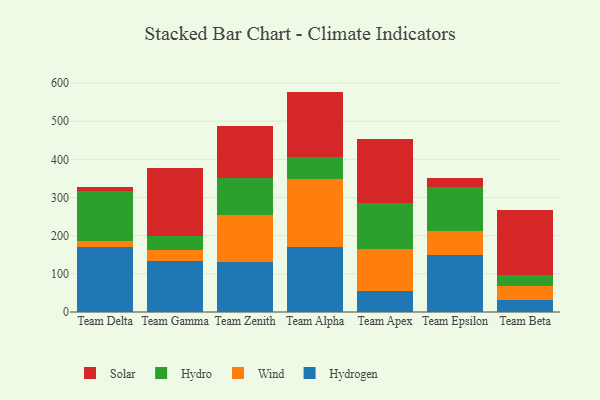
{"axis": {"x": "Team", "y": "Revenue (USD Million)"}, "legend": ["Hydro", "Hydrogen", "Solar", "Wind"], "data": [{"x": "Team Delta", "y": 170.8, "type": "Hydrogen"}, {"x": "Team Delta", "y": 14.8, "type": "Wind"}, {"x": "Team Delta", "y": 131.2, "type": "Hydro"}, {"x": "Team Delta", "y": 10.7, "type": "Solar"}, {"x": "Team Gamma", "y": 133.6, "type": "Hydrogen"}, {"x": "Team Gamma", "y": 28.7, "type": "Wind"}, {"x": "Team Gamma", "y": 36.4, "type": "Hydro"}, {"x": "Team Gamma", "y": 179.4, "type": "Solar"}, {"x": "Team Zenith", "y": 131.2, "type": "Hydrogen"}, {"x": "Team Zenith", "y": 122.6, "type": "Wind"}, {"x": "Team Zenith", "y": 97.1, "type": "Hydro"}, {"x": "Team Zenith", "y": 137.2, "type": "Solar"}, {"x": "Team Alpha", "y": 170.3, "type": "Hydrogen"}, {"x": "Team Alpha", "y": 177.6, "type": "Wind"}, {"x": "Team Alpha", "y": 58.6, "type": "Hydro"}, {"x": "Team Alpha", "y": 171.1, "type": "Solar"}, {"x": "Team Apex", "y": 54.9, "type": "Hydrogen"}, {"x": "Team Apex", "y": 111.1, "type": "Wind"}, {"x": "Team Apex", "y": 119.4, "type": "Hydro"}, {"x": "Team Apex", "y": 167.8, "type": "Solar"}, {"x": "Team Epsilon", "y": 150.1, "type": "Hydrogen"}, {"x": "Team Epsilon", "y": 61.0, "type": "Wind"}, {"x": "Team Epsilon", "y": 117.4, "type": "Hydro"}, {"x": "Team Epsilon", "y": 22.0, "type": "Solar"}, {"x": "Team Beta", "y": 30.8, "type": "Hydrogen"}, {"x": "Team Beta", "y": 38.3, "type": "Wind"}, {"x": "Team Beta", "y": 28.0, "type": "Hydro"}, {"x": "Team Beta", "y": 169.7, "type": "Solar"}]}